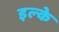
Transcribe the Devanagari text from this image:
इल्‍के